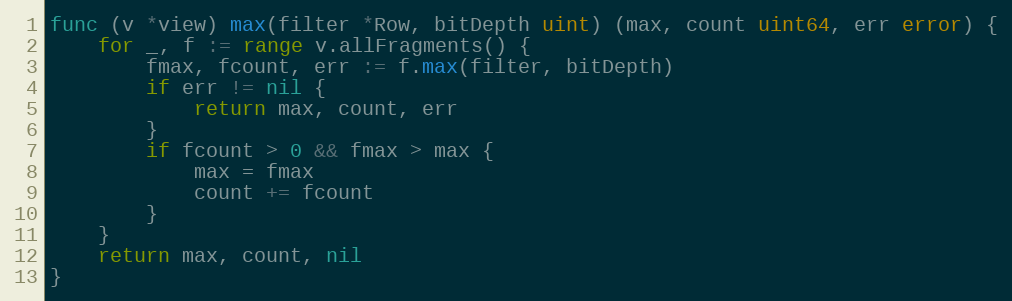
Language: Go
func (v *view) max(filter *Row, bitDepth uint) (max, count uint64, err error) {
	for _, f := range v.allFragments() {
		fmax, fcount, err := f.max(filter, bitDepth)
		if err != nil {
			return max, count, err
		}
		if fcount > 0 && fmax > max {
			max = fmax
			count += fcount
		}
	}
	return max, count, nil
}